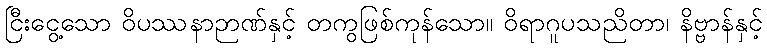
ငြီးငွေ့သော ဝိပဿနာဉာဏ်နှင့် တကွဖြစ်ကုန်သော။ ဝိရာဂူပသညိတာ၊ နိဗ္ဗာန်နှင့်